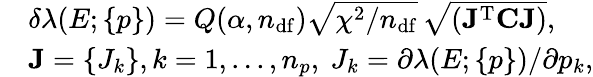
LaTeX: \begin{array}{rl}&{\delta\lambda(E;\{ p\} )=Q(\alpha,n_{\mathrm{df}})\sqrt{\chi^{2}/n_{\mathrm{df}}}\, \sqrt{(\mathbf{J}^{\mathrm{T}}\mathbf{C}\mathbf{J})},}\\ &{\mathbf{J}=\{ J_{k}\} ,k=1,...,n_{p},\ J_{k}=\partial\lambda(E;\{ p\} )/\partial p_{k},}\end{array}